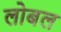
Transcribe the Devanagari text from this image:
लोबल